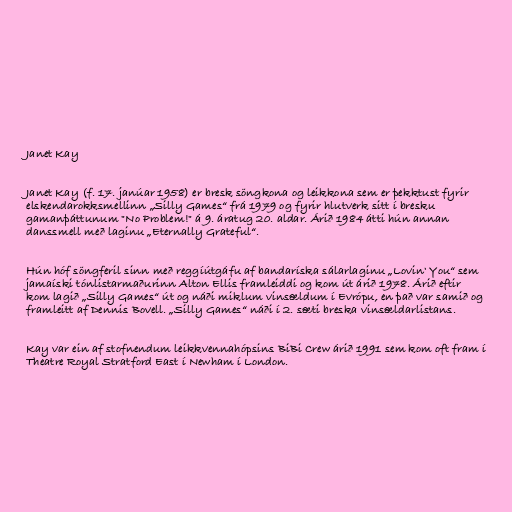
Janet Kay

Janet Kay (f. 17. janúar 1958) er bresk söngkona og leikkona sem er þekktust fyrir
elskendarokksmellinn „Silly Games“ frá 1979 og fyrir hlutverk sitt í bresku
gamanþáttunum "No Problem!" á 9. áratug 20. aldar. Árið 1984 átti hún annan
danssmell með laginu „Eternally Grateful“.

Hún hóf söngferil sinn með reggíútgáfu af bandaríska sálarlaginu „Lovin' You“ sem
jamaíski tónlistarmaðurinn Alton Ellis framleiddi og kom út árið 1978. Árið eftir
kom lagið „Silly Games“ út og náði miklum vinsældum í Evrópu, en það var samið og
framleitt af Dennis Bovell. „Silly Games“ náði í 2. sæti breska vinsældarlistans.

Kay var ein af stofnendum leikkvennahópsins BiBi Crew árið 1991 sem kom oft fram í
Theatre Royal Stratford East í Newham í London.